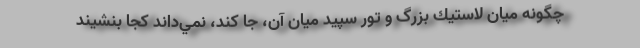
چگونه ميان لاستيك بزرگ و تور سپيد ميان آن، جا كند، نمي‌داند كجا بنشيند